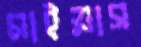
মাইয়াস